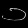
Digit: ၁